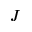
J